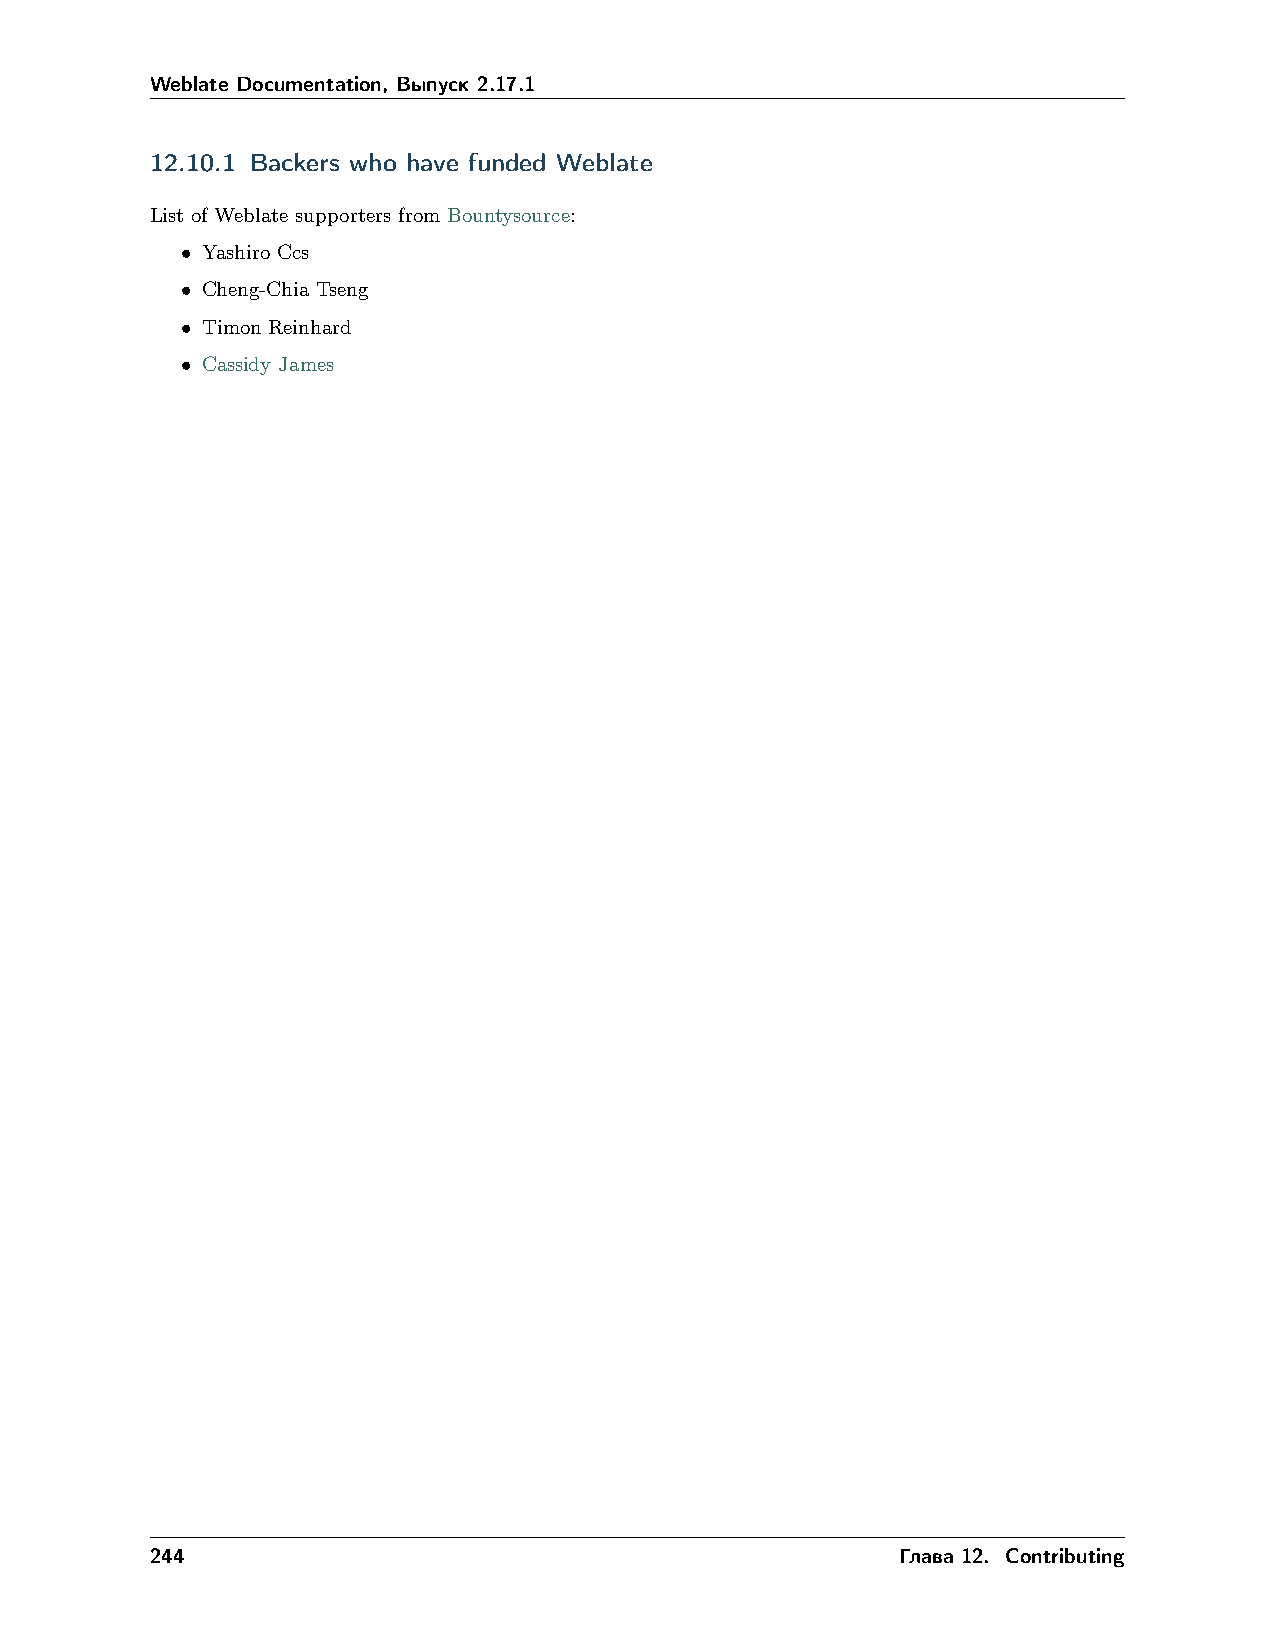
Weblate Documentation, Выпуск 2.17.1
 12.10.1 Backers who have funded Weblate
 List of Weblate supporters from Bountysource:
 • Yashiro Ccs
 • Cheng-Chia Tseng
 • Timon Reinhard
 • Cassidy James
 244                                              Глава 12. Contributing